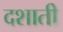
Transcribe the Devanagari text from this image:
दशाती